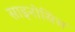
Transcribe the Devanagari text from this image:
साइनोसिस